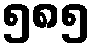
၅၈၅